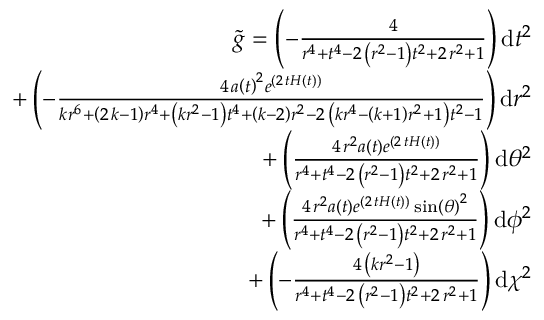
\begin{array} { r } { \tilde { g } = \left( - \frac { 4 } { r ^ { 4 } + t ^ { 4 } - 2 \, { \left( r ^ { 2 } - 1 \right) } t ^ { 2 } + 2 \, r ^ { 2 } + 1 } \right) \mathrm { d } t ^ { 2 } } \\ { + \left( - \frac { 4 \, a \left( t \right) ^ { 2 } e ^ { \left( 2 \, t H \left( t \right) \right) } } { k r ^ { 6 } + { \left( 2 \, k - 1 \right) } r ^ { 4 } + { \left( k r ^ { 2 } - 1 \right) } t ^ { 4 } + { \left( k - 2 \right) } r ^ { 2 } - 2 \, { \left( k r ^ { 4 } - { \left( k + 1 \right) } r ^ { 2 } + 1 \right) } t ^ { 2 } - 1 } \right) \mathrm { d } r ^ { 2 } } \\ { + \left( \frac { 4 \, r ^ { 2 } a \left( t \right) e ^ { \left( 2 \, t H \left( t \right) \right) } } { r ^ { 4 } + t ^ { 4 } - 2 \, { \left( r ^ { 2 } - 1 \right) } t ^ { 2 } + 2 \, r ^ { 2 } + 1 } \right) \mathrm { d } { \theta } ^ { 2 } } \\ { + \left( \frac { 4 \, r ^ { 2 } a \left( t \right) e ^ { \left( 2 \, t H \left( t \right) \right) } \sin \left( { \theta } \right) ^ { 2 } } { r ^ { 4 } + t ^ { 4 } - 2 \, { \left( r ^ { 2 } - 1 \right) } t ^ { 2 } + 2 \, r ^ { 2 } + 1 } \right) \mathrm { d } { \phi } ^ { 2 } } \\ { + \left( - \frac { 4 \, { \left( k r ^ { 2 } - 1 \right) } } { r ^ { 4 } + t ^ { 4 } - 2 \, { \left( r ^ { 2 } - 1 \right) } t ^ { 2 } + 2 \, r ^ { 2 } + 1 } \right) \mathrm { d } { \chi } ^ { 2 } } \end{array}